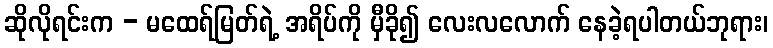
ဆိုလိုရင်းက - မထေရ်မြတ်ရဲ့ အရိပ်ကို မှီခို၍ လေးလလောက် နေခဲ့ရပါတယ်ဘုရား၊